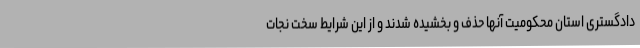
دادگستری استان محکومیت آنها حذف و بخشیده شدند و از این شرایط سخت نجات